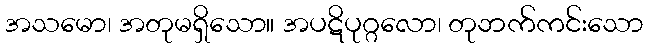
အသမော၊ အတုမရှိသော။ အပဋိပုဂ္ဂလော၊ တုဘက်ကင်းသော